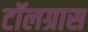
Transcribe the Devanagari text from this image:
टॉलग्रास